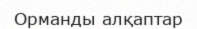
Орманды алқаптар